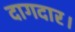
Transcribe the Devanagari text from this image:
दागदार।